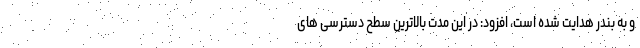
و به بندر هدایت شده است، افزود: در این مدت بالاترین سطح دسترسی های